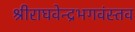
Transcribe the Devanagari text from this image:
श्रीराघवेन्द्रभगवंस्तव